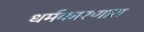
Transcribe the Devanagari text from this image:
धर्मकारणात